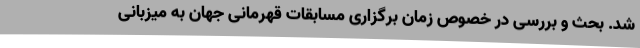
شد. بحث و بررسی در خصوص زمان برگزاری مسابقات قهرمانی جهان به میزبانی